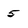
Character: 5